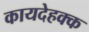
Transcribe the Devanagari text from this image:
कायदेहक्क